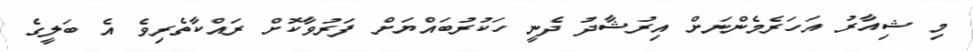
މި ޝިއާރު އަހަރެމެންނަށް އިރުޝާދު ދެނީ ހަކުރުބައްޔަށް ފަރުވާކޮށް ރައްކާތެރިވެ އެ ބަލީގެ